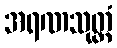
အရဏသုတ္တံ